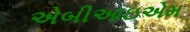
એબીઆઇએમ